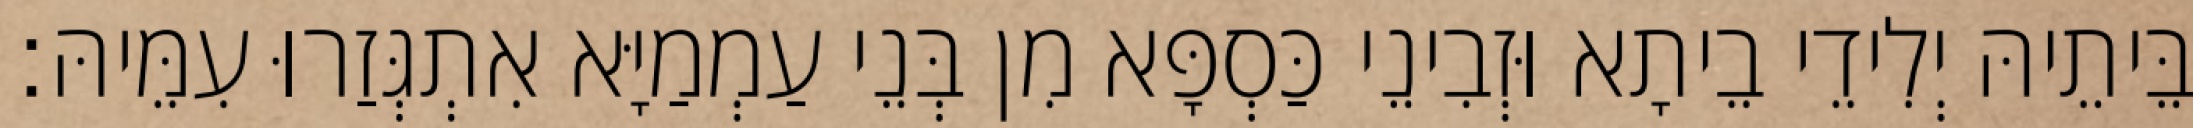
בֵּיתֵיהּ יְלִידֵי בֵיתָא וּזְבִינֵי כַּסְפָּא מִן בְּנֵי עַמְמַיָּא אִתְגְּזַרוּ עִמֵּיהּ׃